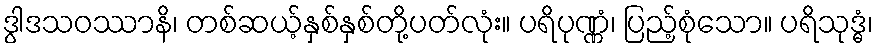
ဒွါဒသဝဿာနိ၊ တစ်ဆယ့်နှစ်နှစ်တို့ပတ်လုံး။ ပရိပုဏ္ဏံ၊ ပြည့်စုံသော။ ပရိသုဒ္ဓံ၊